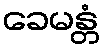
ခေမန္တံ